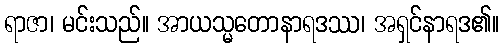
ရာဇာ၊ မင်းသည်။ အာယသ္မတောနာရဒဿ၊ အရှင်နာရဒ၏။